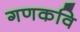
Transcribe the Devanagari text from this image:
गणकवि